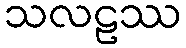
သလဠဿ